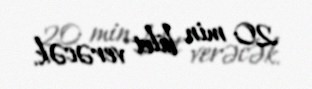
20 min bilet verəcək.